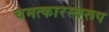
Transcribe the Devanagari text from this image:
चमत्‍कारस्‍वरूप